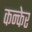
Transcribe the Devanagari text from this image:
कन्केर